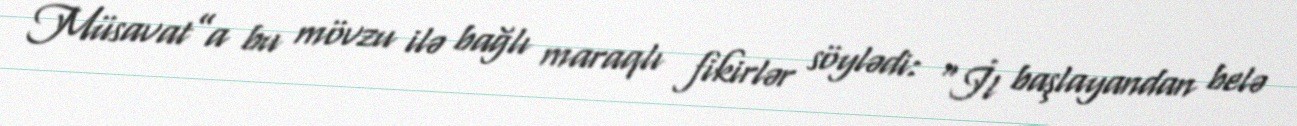
Müsavat”a bu mövzu ilə bağlı maraqlı fikirlər söylədi: “İl başlayandan belə